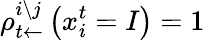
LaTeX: \rho_{t\leftarrow}^{i\setminus j}\left(x_{i}^{t}=I\right)=1